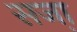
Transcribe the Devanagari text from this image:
सजा़